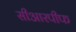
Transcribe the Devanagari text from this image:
सीआरपीफ